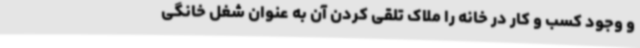
و وجود کسب و کار در خانه را ملاک تلقی کردن آن به عنوان شغل خانگی